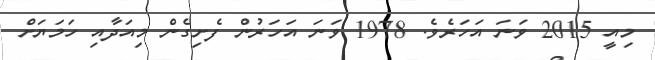
މިއީ 2015 ވަނަ އަހަރެވެ. 1978 ވަނަ އަހަރުން ފެށިގެން މިއަދާއި ހަމަޔަށް